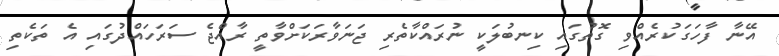
އޭނާ ފާހަގަކުރެއްވި ގޮތުގައި ކިނބުލަކީ ނުރައްކާތެރި ޖަނަވާރަކަށްވާތީ ރާއްޖެ ސަރަހައްދުގައި އެ ތަކެތި